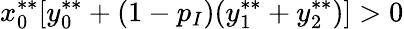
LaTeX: x_{0}^{**}[y_{0}^{**}+(1-p_{I})(y_{1}^{**}+y_{2}^{**})]>0